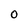
Character: O